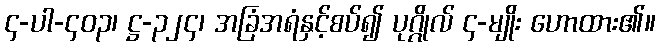
၄-ပါ-၄၀၃၊ ဋ္ဌ-၃၂၄၊ အခြံအရံနှင့်စပ်၍ ပုဂ္ဂိုလ် ၄-မျိုး ဟောထား၏။